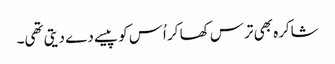
شاکرہ بھی ترس کھا کر اُس کو پیسے دے دیتی تھی۔